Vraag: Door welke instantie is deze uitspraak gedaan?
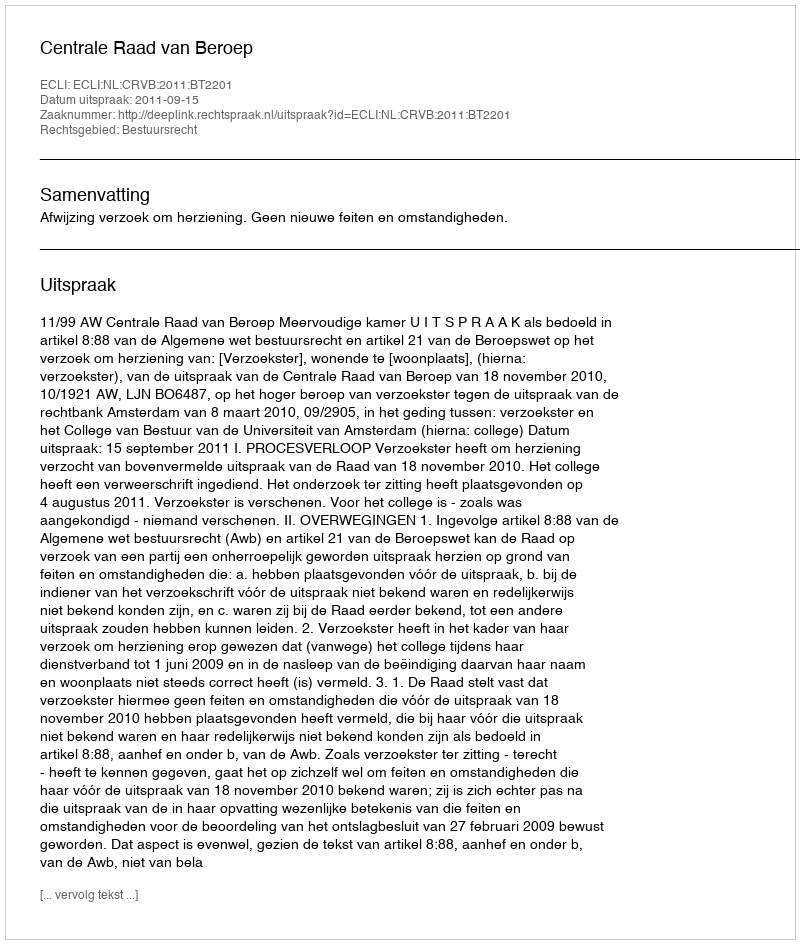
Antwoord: Centrale Raad van Beroep